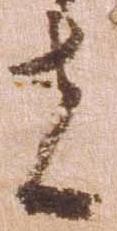
者